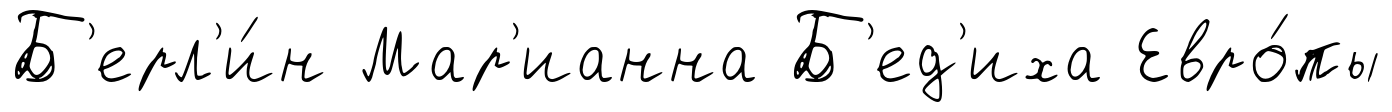
Б'ерл'и́н Мар'ианна Б'ед'иха Евро́пы